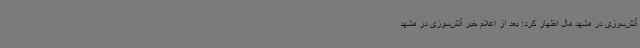
آتش‌سوزی در مشهد مال اظهار کرد: بعد از اعلام خبر آتش‌سوزی در مشهد